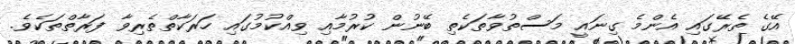
އޭގެ ތެރޭގައި އެންމެ ގިނައީ މަސްތުވާތަކެތި ބޭނުން ކުރުމާއި ވިއްކުމުގައި ހަރަކާތްތެރިވާ ފަރާތްތަކެވެ.